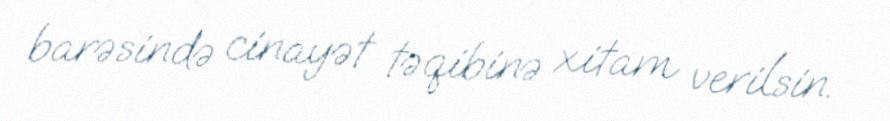
barəsində cinayət təqibinə xitam verilsin.